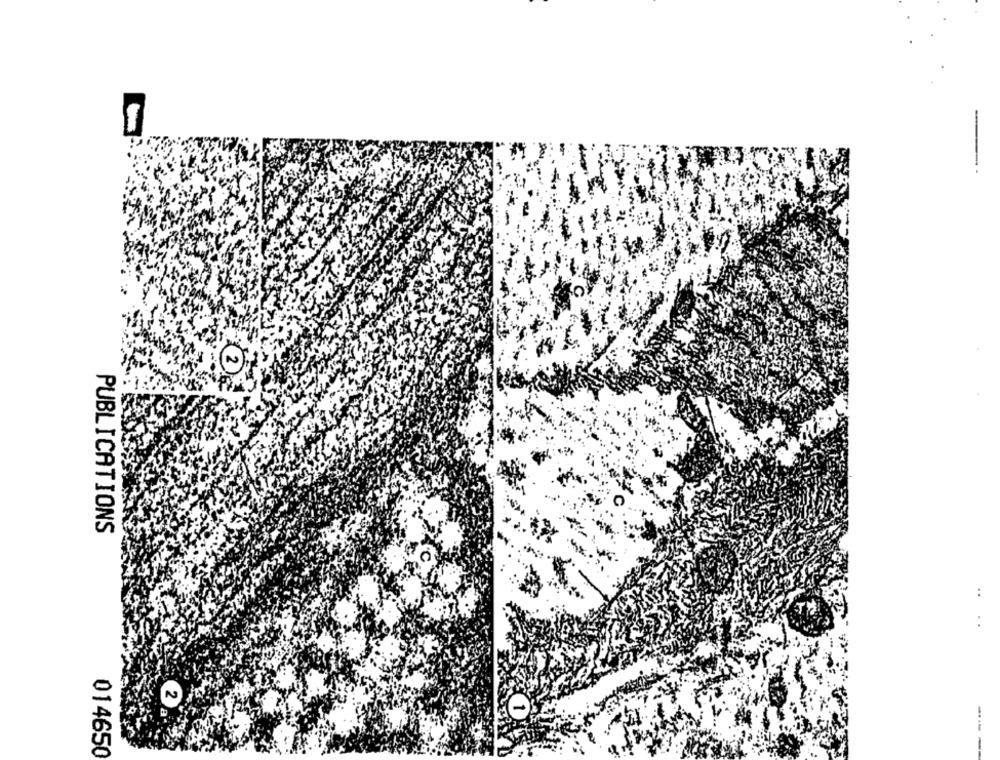
-
PUBLICATIONS
..
..
a
014650
----